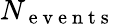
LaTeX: N_{\mathrm{~e~v~e~n~t~s~}}